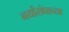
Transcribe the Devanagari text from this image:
नर्योसंघाच्या